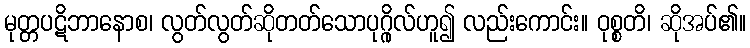
မုတ္တပဋိဘာနောစ၊ လွတ်လွတ်ဆိုတတ်သောပုဂ္ဂိုလ်ဟူ၍ လည်းကောင်း။ ဝုစ္စတိ၊ ဆိုအပ်၏။